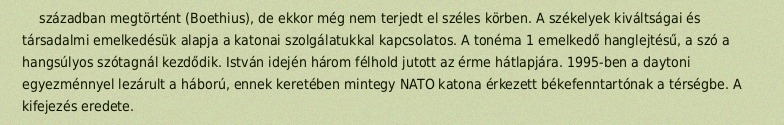
században megtörtént (Boethius), de ekkor még nem terjedt el széles körben. A székelyek kiváltságai és társadalmi emelkedésük alapja a katonai szolgálatukkal kapcsolatos. A tonéma 1 emelkedő hanglejtésű, a szó a hangsúlyos szótagnál kezdődik. István idején három félhold jutott az érme hátlapjára. 1995-ben a daytoni egyezménnyel lezárult a háború, ennek keretében mintegy NATO katona érkezett békefenntartónak a térségbe. A kifejezés eredete.